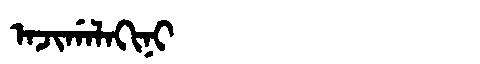
Manchu: ᠠᠵᡳᡤᠠᠯᠠᡴᡳᠨᡳ
Romanization: AJIGALAKINI